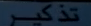
٧٠٠٠